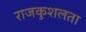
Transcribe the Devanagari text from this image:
राजकुशलता